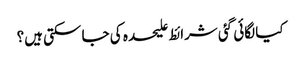
کیا لگائی گئی شرائط علیحدہ کی جا سکتی ہیں؟